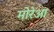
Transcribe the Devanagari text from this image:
मोरेआ